画像に写った文字を読んでください
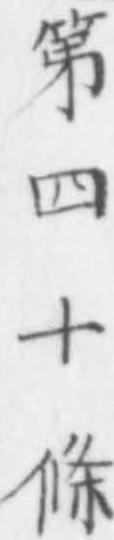
「第四十條」と書いてあります